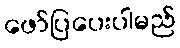
ဖော်ပြပေးပါမည်